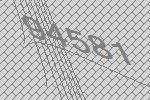
94581